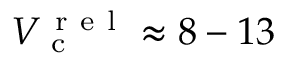
{ V _ { \mathrm { ~ c ~ } } ^ { \mathrm { ~ r ~ e ~ l ~ } } \approx 8 - 1 3 }